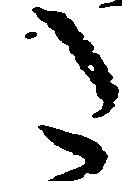
た